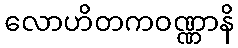
လောဟိတကဝဏ္ဏာနိ